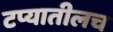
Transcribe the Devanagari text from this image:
टप्यातीलच